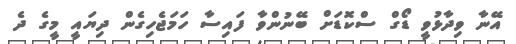
އޭނާ ވިދާޅުވީ ޑޯގް ސްކޮޑަށް ބޭނުންވާ ފައިސާ ހަމަޖެހިގެން ދިޔައީ މީގެ ދެ